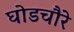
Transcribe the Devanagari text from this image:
घोडचौरे